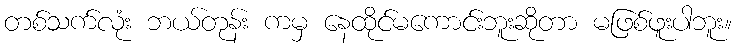
တစ်သက်လုံး ဘယ်တုန်း ကမှ နေထိုင်မကောင်းဘူးဆိုတာ မဖြစ်ဖူးပါဘူး။